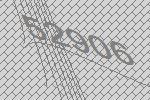
52906